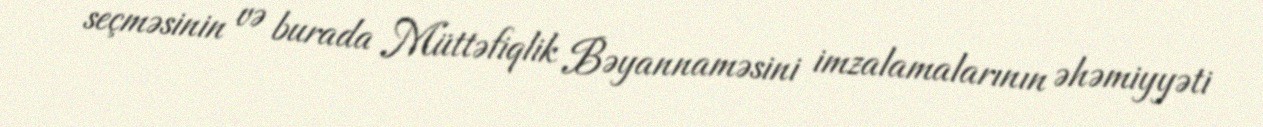
seçməsinin və burada Müttəfiqlik Bəyannaməsini imzalamalarının əhəmiyyəti